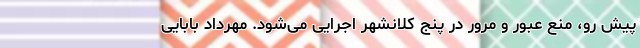
پیش رو، منع عبور و مرور در پنج کلانشهر اجرایی می‌شود. مهرداد بابایی